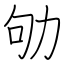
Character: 劬